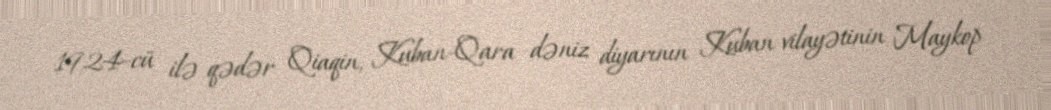
1924-cü ilə qədər Qiaqin, Kuban-Qara dəniz diyarının Kuban vilayətinin Maykop